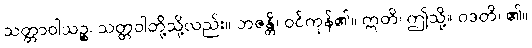
သတ္တာဝါသဉ္စ၊ သတ္တဝါတို့သို့လည်း။ ဘဇန္တိ၊ ဝင်ကုန်၏။ ဣတိ၊ ဤသို့။ ဝဒတိ၊ ၏။